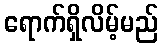
ရောက်ရှိလိမ့်မည်